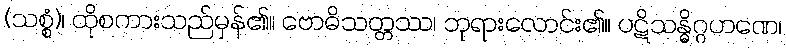
(သစ္စံ)၊ ထိုစကားသည်မှန်၏။ ဗောဓိသတ္တဿ၊ ဘုရားလောင်း၏။ ပဋိသန္ဓိဂ္ဂဟဏေ၊